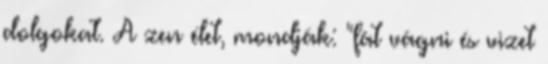
dolgokat. A zen élet, mondják: "fát vágni és vizet